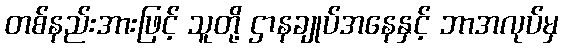
တစ်နည်းအားဖြင့် သူတို့ ဌာနချုပ်အနေနှင့် ဘာအလုပ်မှ